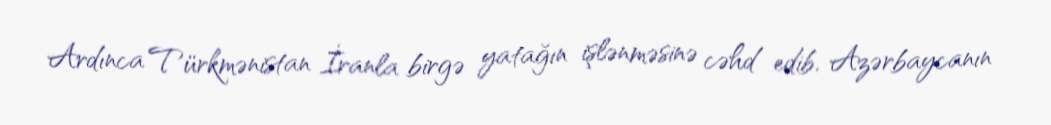
Ardınca Türkmənistan İranla birgə yatağın işlənməsinə cəhd edib, Azərbaycanın